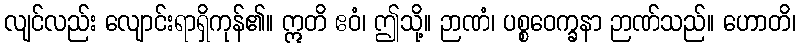
လျင်လည်း လျောင်းရာရှိကုန်၏။ ဣတိ ဧဝံ၊ ဤသို့။ ဉာဏံ၊ ပစ္စဝေက္ခနာ ဉာဏ်သည်။ ဟောတိ၊